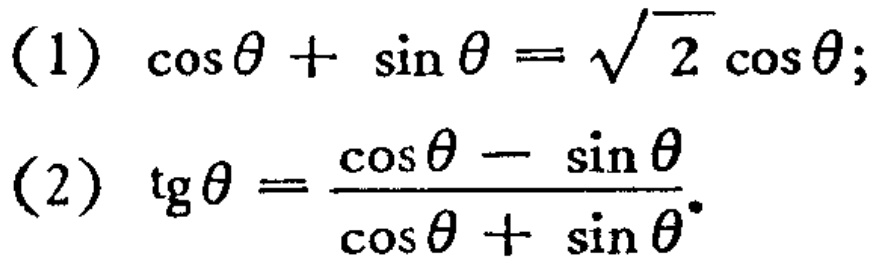
(1) \(\cos\theta+\sin\theta = \sqrt{2}\cos\theta\);
(2) \(\text{tg}\theta=\frac{\cos\theta - \sin\theta}{\cos\theta+\sin\theta}\).